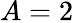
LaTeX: A=2